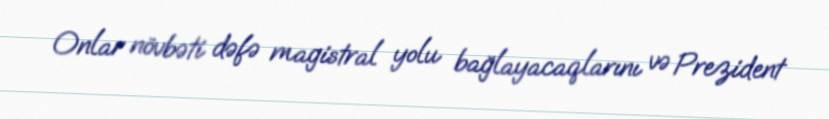
Onlar növbəti dəfə magistral yolu bağlayacaqlarını və Prezident